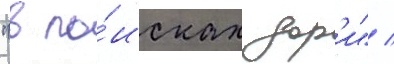
"в по́исках дор'и" /